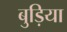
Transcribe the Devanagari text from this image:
बुड़िया